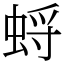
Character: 蛶